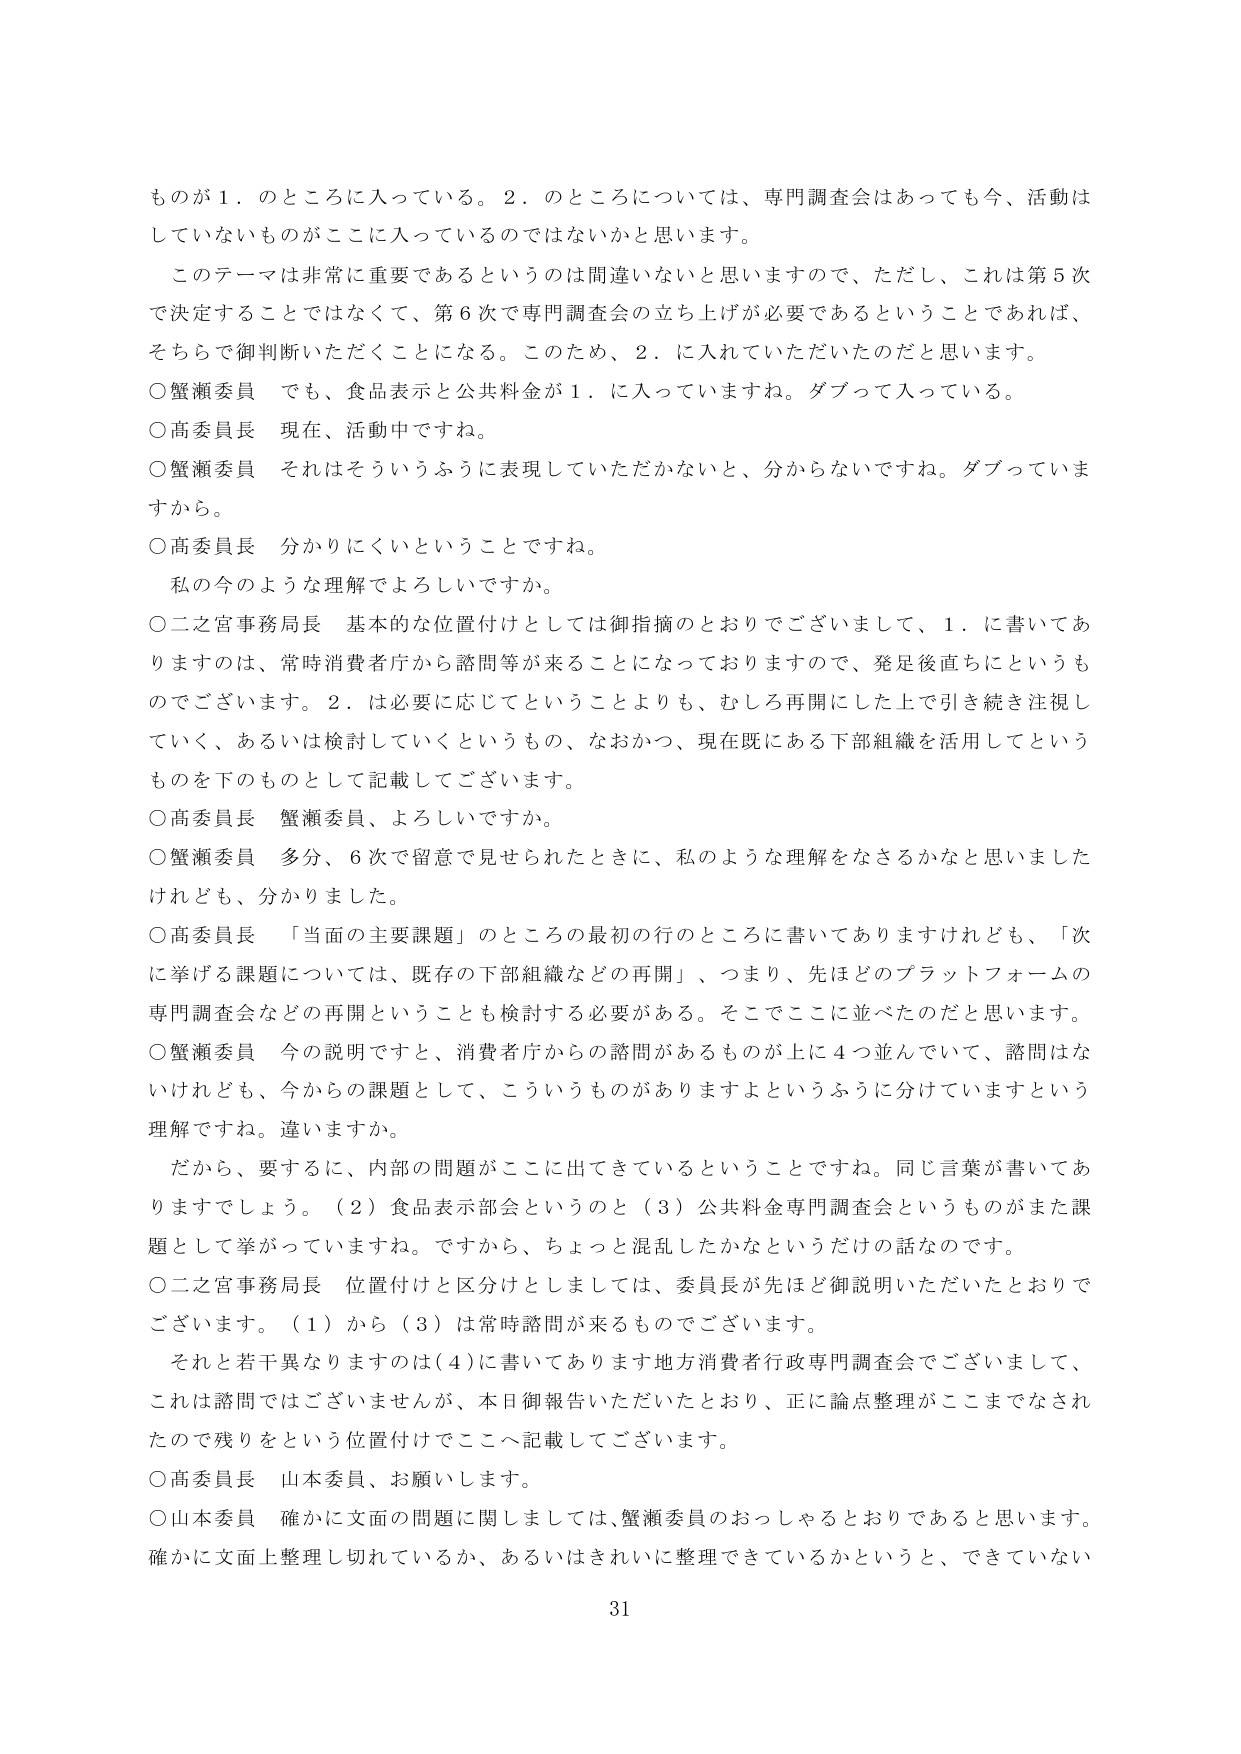
ものが１．のところに入っている。２．のところについては、専門調査会はあっても今、活動はしていないものがここに入っているのではないかと思います。

このテーマは非常に重要であるというのは間違いないと思いますので、ただし、これは第５次で決定することではなくて、第６次で専門調査会の立ち上げが必要であるということであれば、そちらで御判断いただくことになる。このため、２．に入れていただいたのだと思います。

○蟹瀬委員　でも、食品表示と公共料金が１．に入っていますね。ダブって入っている。

○高委員長　現在、活動中ですね。

○蟹瀬委員　それはそういうふうに表現していただかないと、分からないですね。ダブっていますから。

○高委員長　分かりにくいということですね。

私の今のような理解でよろしいですか。

○二之宮事務局長　基本的な位置付けとしては御指摘のとおりでございまして、１．に書いてありますのは、常時消費者庁から諮問等が来ることになっておりますので、発足後直ちにというものですでございます。２．は必要に応じてということよりも、むしろ再開にした上で引き続き注視していく、あるいは検討していくというもの、なおかつ、現在既にある下部組織を活用してというものを下のものとして記載してございます。

○高委員長　蟹瀬委員、よろしいですか。

○蟹瀬委員　多分、６次で留意で見せられたときに、私のような理解をなさるかなと思いましたけれども、分かりました。

○高委員長　「当面の主要課題」のところの最初の行のところに書いてありますけれども、「次に挙げる課題については、既存の下部組織などの再開」、つまり、先ほどのプラットフォームの専門調査会などの再開ということを検討する必要がある。そこでここに並べたのだと思います。

○蟹瀬委員　今の説明ですと、消費者庁からの諮問があるものが上に４つ並んでいて、諮問はないけれども、今からの課題として、こういうものがありますよというふうに分けていますという理解ですね。違いますか。

だから、要するに、内部の問題がここに出てきているということですね。同じ言葉が書いてありますでしょう。（２）食品表示部会というのと（３）公共料金専門調査会というものがまた課題として挙がっていますね。ですから、ちょっと混乱したかなというだけの話なのです。

○二之宮事務局長　位置付けと区分けとしましては、委員長が先ほど御説明いただいたとおりでございます。（１）から（３）は常時諮問が来るものでございます。

それと若干異なりますのは（４）に書いてあります地方消費者行政専門調査会でございまして、これは諮問ではございませんが、本日御報告いただいたとおり、正に論点整理がここまでなされたので残りをという位置付けでここへ記載してございます。

○高委員長　山本委員、お願いします。

○山本委員　確かに文面の問題に関しましては、蟹瀬委員のおっしゃるとおりであると思います。確かに文面上整理し切れているか、あるいはきれいに整理できているかというと、できていない

31